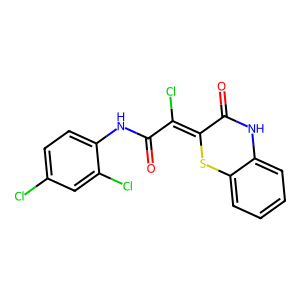
SMILES: O=C(Nc1ccc(Cl)cc1Cl)C(Cl)=C1Sc2ccccc2NC1=O
Inhibits HIV replication: No